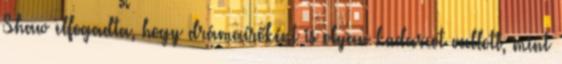
Shaw elfogadta, hogy drámaírőként is olyan kudarcot vallott, mint